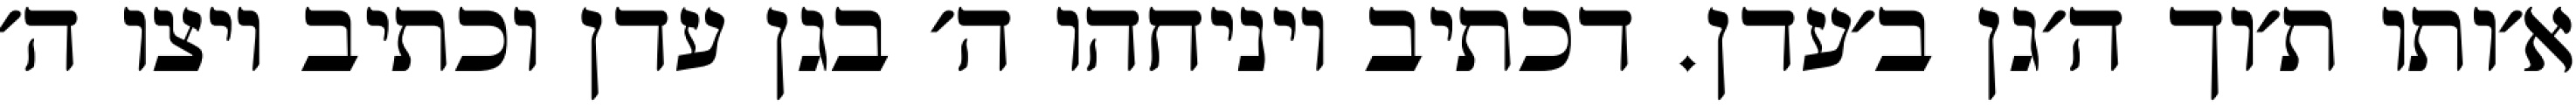
א׳ותו ת׳וך ה׳גן ב׳עדן. דכתיב ויניחהו ה׳ בגן עדן וכתיב ויצו ה׳